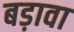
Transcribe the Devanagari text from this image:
बड़ावा